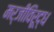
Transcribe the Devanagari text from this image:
मर्जीविरूद्ध